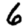
Digit: 6